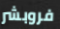
فروبشر